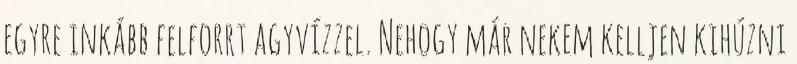
egyre inkább felforrt agyvízzel. Nehogy már nekem kelljen kihúzni